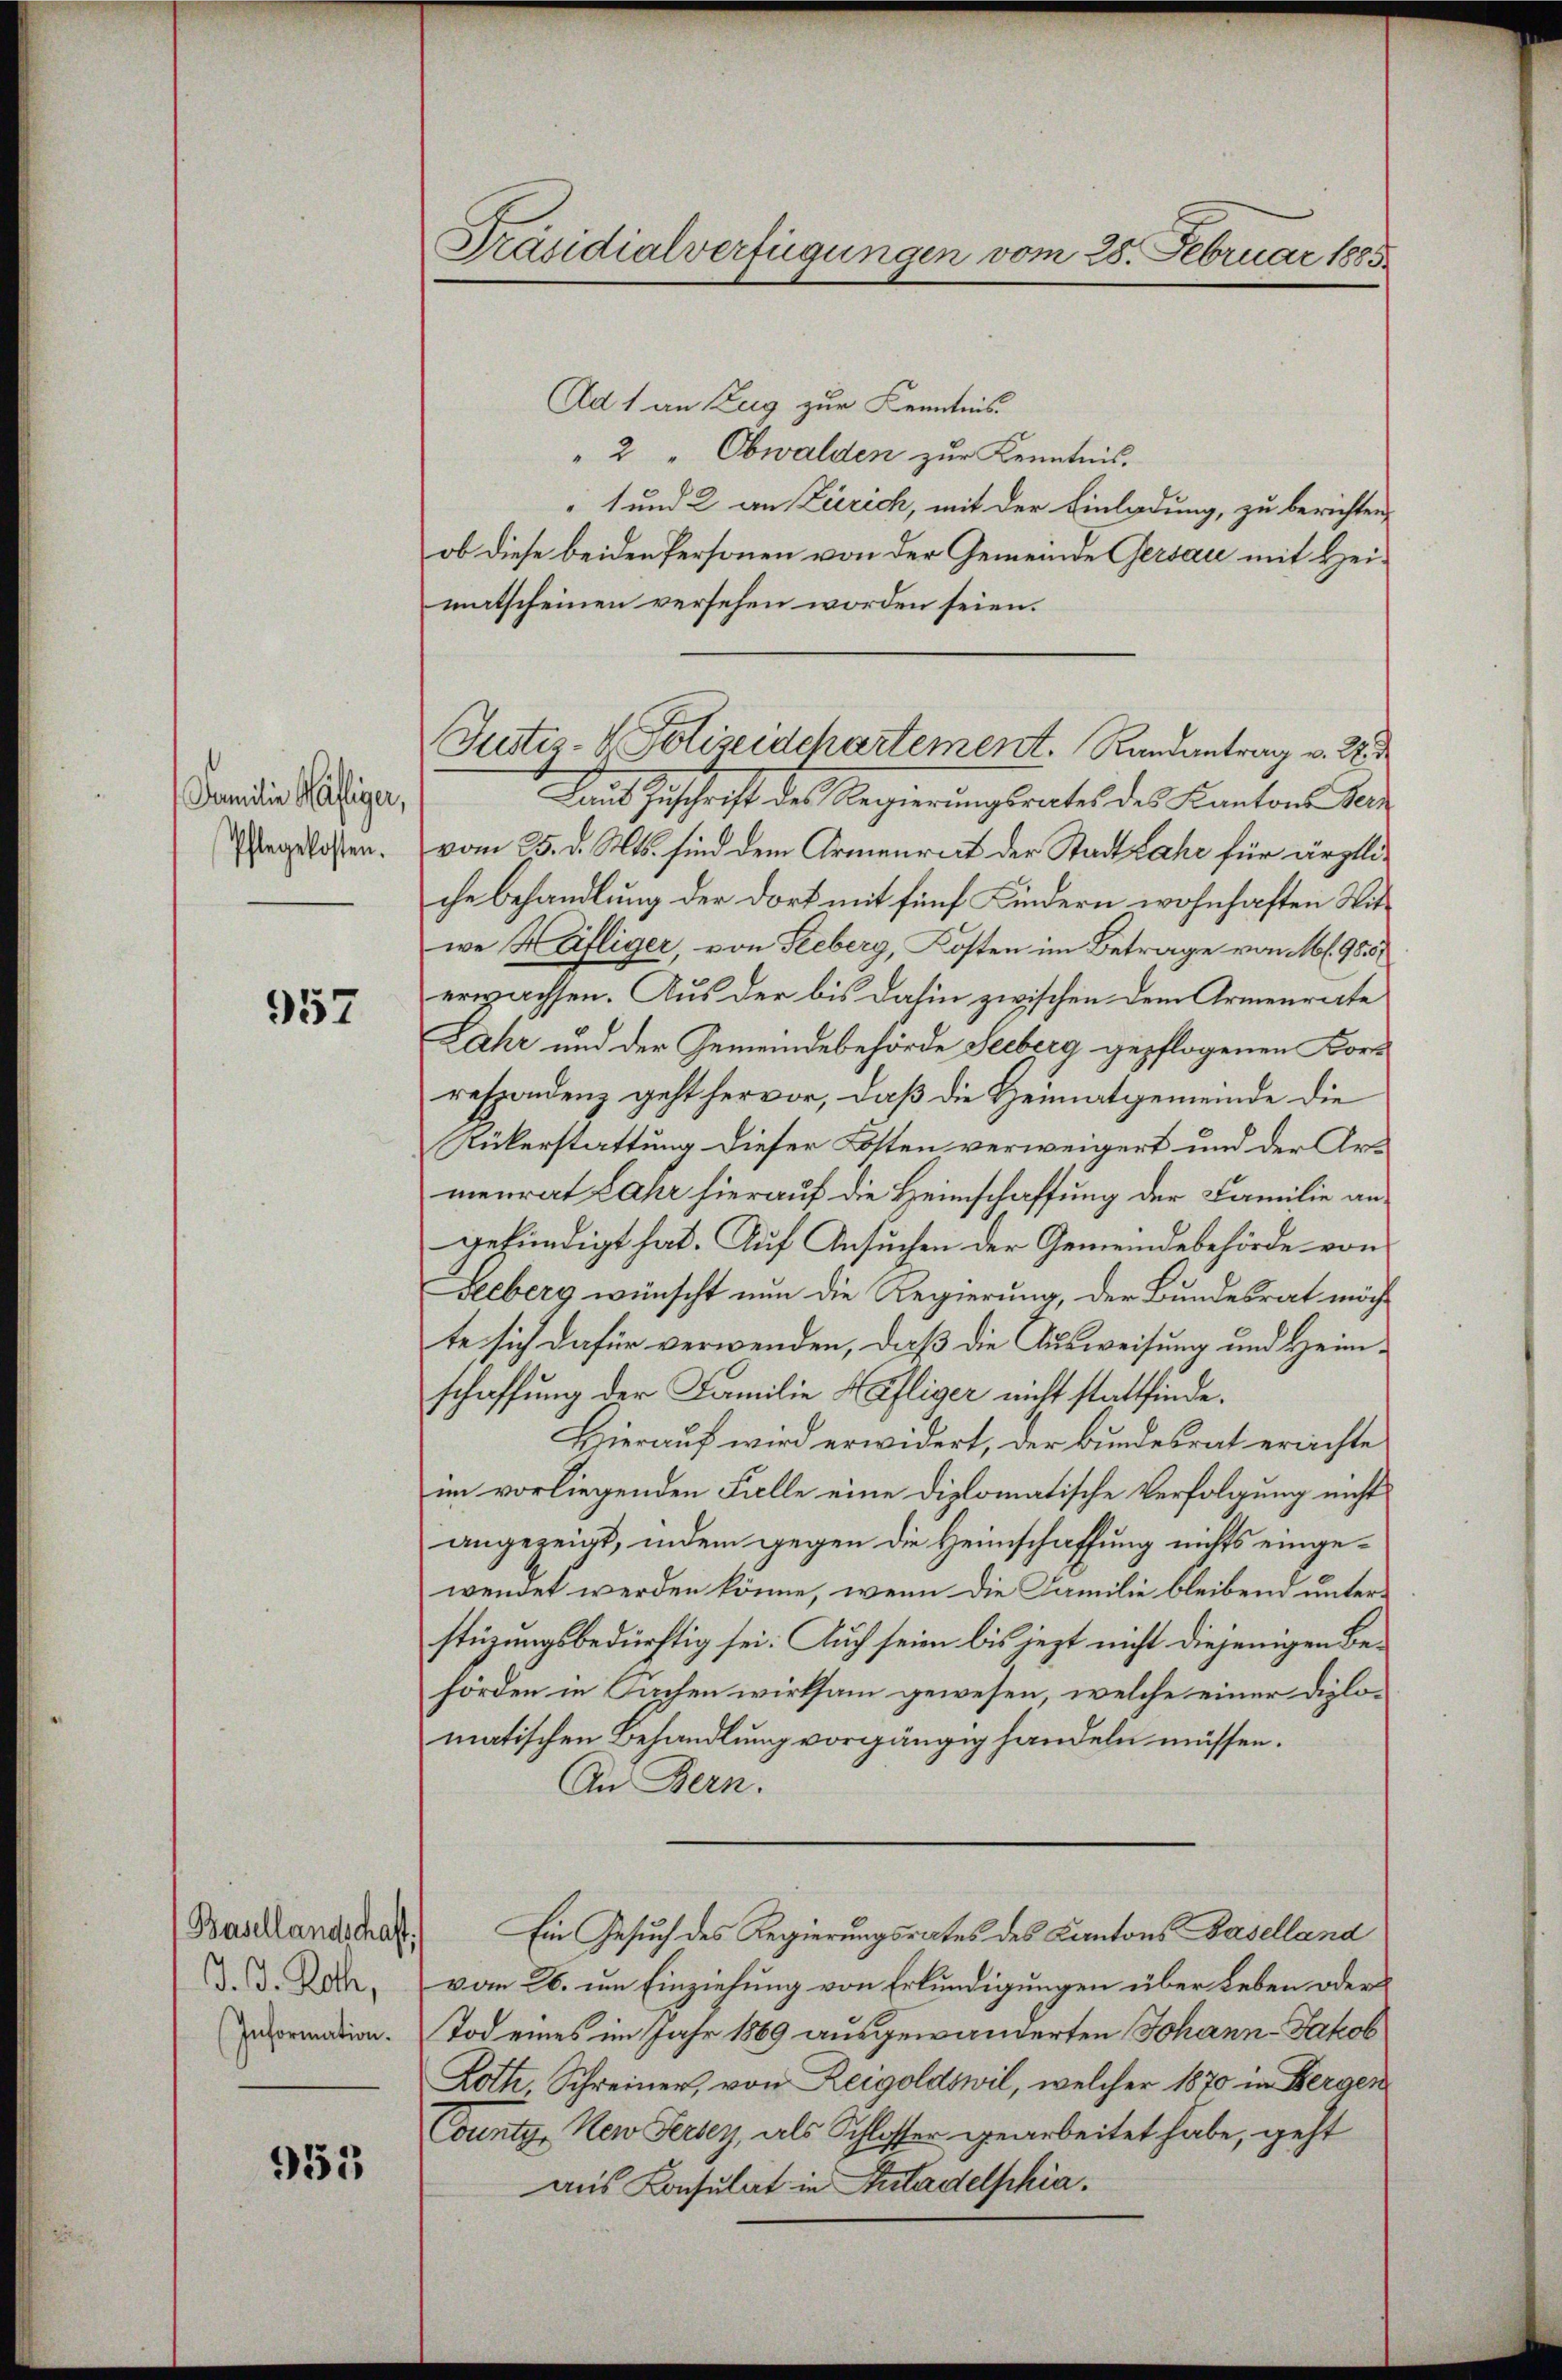
Familie Käfiger,
Pflegelosten.

957

Basellandschaft.
D. J. Roth,
Information.

953

Präsidialverfügungen vom 28. Februar 1885

Justiz- & Polizeidchartement. Randantrag v. 28

Ad 1 an Zug zur Kenntnis
" 2 " Obwalden zur Kenntnis.
1 und 2 an Zürich, mit der Einladung, zu berichten,
ob diese beiden Personen von der Gemeinde Gersau mit Heimatscheinen versehen worden seien.
Laut Zuschrift des Regierungsrates des Kantons Vervom 25. d. Mts. sind dem Armenreit der Stadt Lahe für ärztliche Behandlung der dort mit fünf Kindern wohnhaften Witwe Häfliger von Seeberg, Kosten im Betrage von l. 955
erwachsen. Aus der bis dahin zwischen dem Armenrate
zahr und der Gemeindebehörde Seeberg gepflogenen Korr
respondenz geht hervor, daß die Heimatgemeinde die
Rükerstattung dieser Kosten verweigert und der Armenrat Jahr hierauf die Heimschaffung der Familie angekündigt hat. Auf Ansuchen der Gemeindebehörde von
Leeberg wünscht nun die Regierung, der Bundesrat möchte sich dafür verwenden, daß die Ausweisung und Heimschaffung der Familie Häfliger nicht stattfinde.
Hierauf wird erwidert, der bundesrat erachte
im vorliegenden Falle eine diplomatische Verfolgung nicht
angezeigt, indem gegen die Heimschaffung nichts eingewendet werden könne, wenn die Familie bleibend unterstüzungsbedürftig sei. Auch seien bis jezt nicht diejenigen Behörden in Sachen wirksam gewesen, welche einer Diplomatischen Behandlung vorgängig handeln müssen.
An Bern.
Ein Gesuch des Regierungsrates des Kantons Baselland
vom 26. um Einziehung von Erkundigungen über Leben oder
Tod eines im Jahr 1869 ausgewanderten Johann-Jakob
Loth, Schreiner, von Zeigoldswil, welcher 1870 in Bergen
County New Jersey, als Schlosser gearbeitet habe, geht
aus Konsulat in Stadelphia